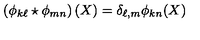
\left( \phi _ { k \ell } \star \phi _ { m n } \right) ( X ) = \delta _ { \ell , m } \phi _ { k n } ( X )